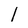
Character: l